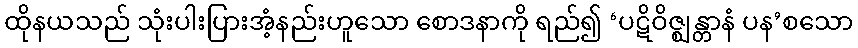
ထိုနယသည် သုံးပါးပြားအံ့နည်းဟူသော စောဒနာကို ရည်၍ ‘ပဋိဝိဇ္ဈန္တာနံ ပန’စသော